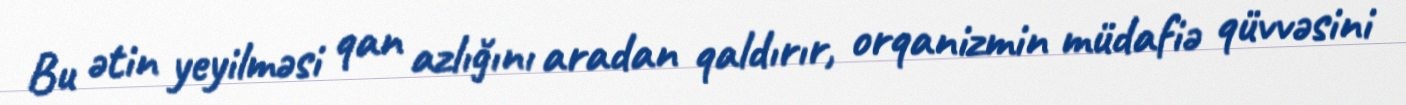
Bu ətin yeyilməsi qan azlığını aradan qaldırır, orqanizmin müdafiə qüvvəsini